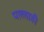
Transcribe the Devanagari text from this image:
पल्लाही